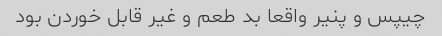
چیپس و پنیر واقعا بد طعم و غیر قابل خوردن بود